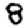
Digit: 8